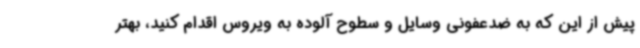
پیش از این که به ضدعفونی وسایل و سطوح آلوده به ویروس اقدام کنید، بهتر